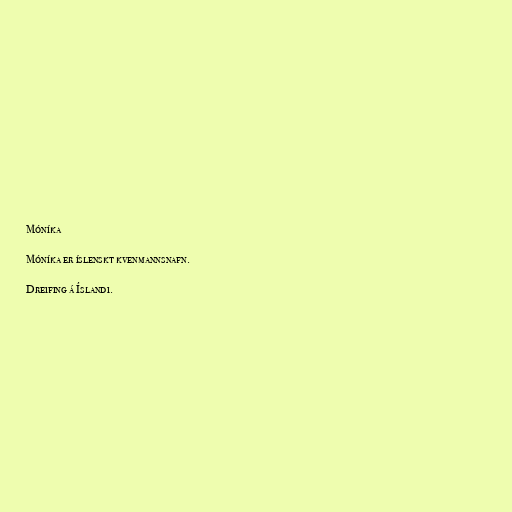
Móníka

Móníka er íslenskt kvenmannsnafn.

Dreifing á Íslandi.